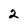
Character: 2